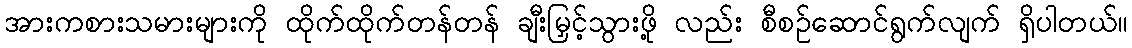
အားကစားသမားများကို ထိုက်ထိုက်တန်တန် ချီးမြှင့်သွားဖို့ လည်း စီစဉ်ဆောင်ရွက်လျက် ရှိပါတယ်။